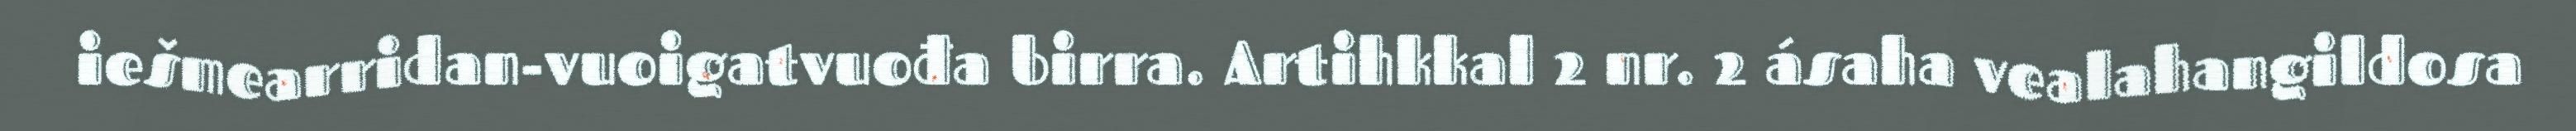
iešmearridan-vuoigatvuođa birra. Artihkkal 2 nr. 2 ásaha vealahangildosa